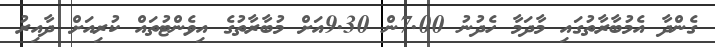
ގެންދާ އެމުބާރާތުގައި މާދަމާ ހެދުނު 7.00ން 9.30އަށް މުބާރާތުގެ އިވެންޓުތައް ކުރިއަށް ދާއިރު